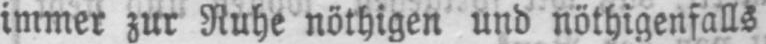
immer zur Ruhe nöthigen und nöthigenfalls